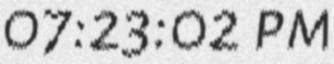
07:23:02 pm